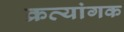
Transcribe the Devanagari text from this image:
क्रव्यांगक